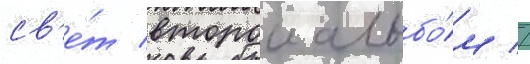
св'е́т второи альбо́м //